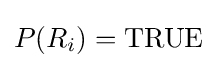
P(R_{i})={\text{TRUE}}